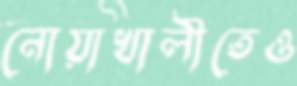
নোয়াখালীতেও